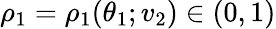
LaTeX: \rho_{1}=\rho_{1}(\theta_{1};v_{2})\in(0,1)